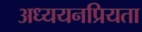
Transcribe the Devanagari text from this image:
अध्ययनप्रियता